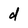
Character: d